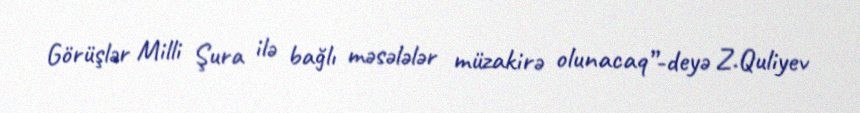
Görüşlər Milli Şura ilə bağlı məsələlər müzakirə olunacaq”-deyə Z.Quliyev